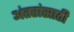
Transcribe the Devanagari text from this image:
अंतरांसाठी